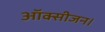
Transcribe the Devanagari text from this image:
ऑक्सीजन।